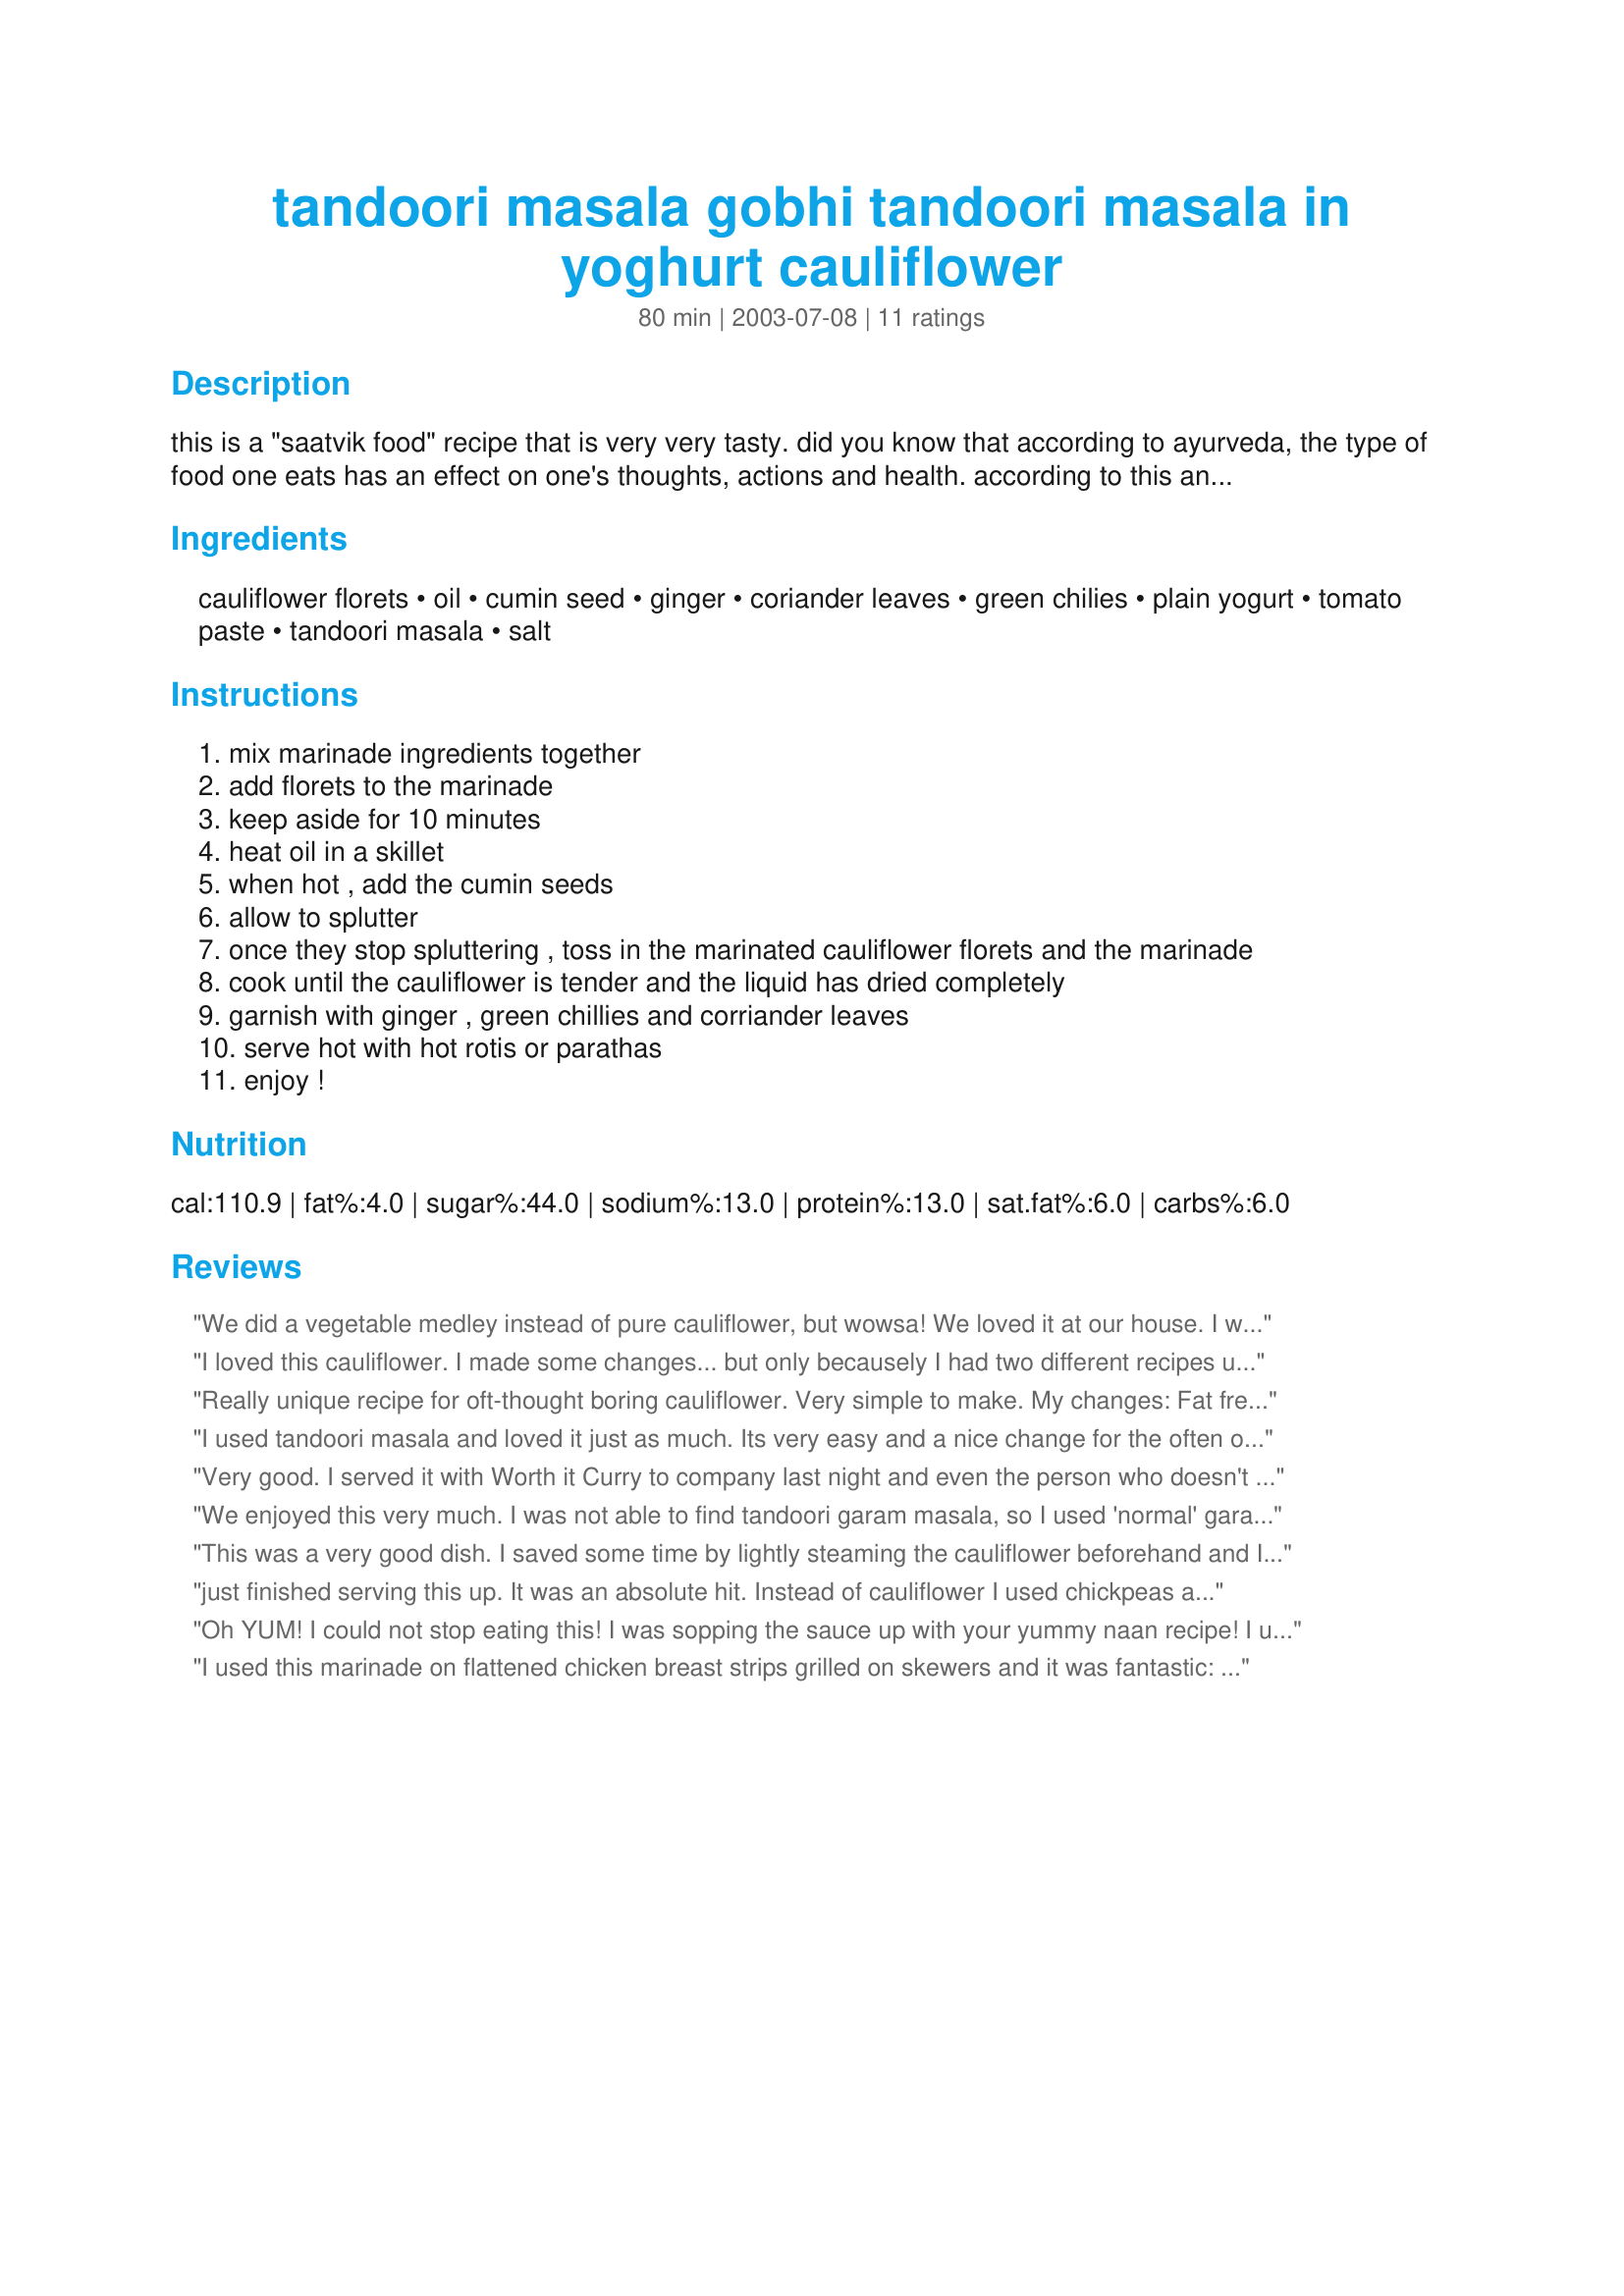
tandoori masala gobhi tandoori masala in yoghurt cauliflower
Preparation time: 80 minutes

this is a "saatvik food" recipe that is very very tasty. did you know that according to ayurveda, the type of food one eats has an effect on one's thoughts, actions and health. according to this ancient science of life and longevity, food can be categorised into 3 categories: raajsik, taamsik and saatvik. raajsik food refers to all sour, spicy and hot food. taamsik food refers to stale food, leftovers, meat and alcohol. saatvik food is vegetarian food which is neither too spicy nor too hot. eating raajsik and taamsik food is said to promote lust, anger, greed, arrogance and jealousy. saatvik food tends to keep the mind in control and helps us to concentrate when meditating. it keeps the body healthy and disease-free to a great extent! what's more, a saatvik diet helps you to lose weight more quickly because you eat healthy without any extra cals! so, what are you waiting for? step into your kitchen and make this easy dish now!

Ingredients:
cauliflower florets, oil, cumin seed, ginger, coriander leaves, green chilies, plain yogurt, tomato paste, tandoori masala, salt

Steps:
mix marinade ingredients together
add florets to the marinade
keep aside for 10 minutes
heat oil in a skillet
when hot , add the cumin seeds
allow to splutter
once they stop spluttering , toss in the marinated cauliflower florets and the marinade
cook until the cauliflower is tender and the liquid has dried completely
garnish with ginger , green chillies and corriander leaves
serve hot with hot rotis or parathas
enjoy !

Reviews:
We did a vegetable medley instead of pure cauliflower, but wowsa! We loved it at our house. I would like to find more ways to use this sauce.
I loved this cauliflower. I made some changes... but only becausely I had two different recipes up and I accidently looked at the other recipe. LOL! So I sauteed onion and garlic and dried red pepper before I realized my mistake but it was still wonderful. I also grated some fresh ginger into the saute instead of using it as a garnish. I had greek 0% yogurt so that is what I used, I think it could have been better if I had used a full fat version, but hey its January and I'm watching calories. Also the greek yogurt is so thick that I needed a little broth to thin out the marinde when I added it tot the pan. Thanks so much for posting. Great recipe.
Really unique recipe for oft-thought boring cauliflower. Very simple to make. My changes: Fat free yogurt and instead of garnishing with the ginger, chilies and coriander, I cooked everything together. It didn't take as long to cook as I'd expected, but then again, we like our veggies with a bit of a crunch. I'd serve this to company. DH enjoyed it too- but says 3 stars is it for now- we'll have to eat it again to see if we can go higher! Thanks!
I used tandoori masala and loved it just as much. Its very easy and a nice change for the often overlooked cauliflower.
Very good. I served it with Worth it Curry to company last night and even the person who doesn't like cauliflower said he liked it! Since I didn't have any coriander leaves and we like mild food I left the garnishes out but nobody seemed to think it was lacking in the least. I also used garam masala instead of tandoori because it was all I had. Even with the changes it was a great success and I will certainly be making it again. Thanks for a great recipe!
We enjoyed this very much. I was not able to find tandoori garam masala, so I used 'normal' garam masala instead, and hope you consider it a suitable substitute. I am giving this 4 stars merely because the preparation and cooking time given appears to be over estimated.
This was a very good dish. I saved some time by lightly steaming the cauliflower beforehand and I also used regular garam masala. Because we like a lot of sauce, I added an extra cup of yogurt and 1 additional teaspoon of masala, but omitted the ginger as I felt the dish tasted great without it. This actually ended up marinating all day before I had a chance to cook it and what a flavor! Thanks for posting, Charishma. :)
just finished serving this up. It was an absolute hit. 
Instead of cauliflower I used chickpeas and potatoes and added garlic (6cloves) I made enough for a family of 6 I have no left overs even the pan has been wiped clean. Thank you for posting this recipe Charisma. We will definetly be making this one again.
Oh YUM! I could not stop eating this! I was sopping the sauce up with your yummy naan recipe! I used a mixture of sour cream and yogourt instead of all yogourt, but that is the only change I dared make! I can't wait to have this again!!!
I used this marinade on flattened chicken breast strips grilled on skewers and it was fantastic: aromatic, flavorful, tangy. I added garlic powder, ground red pepper and some coriander (had no coriander/cilantro leaves and didn't miss them). I had marinated the meat for 2 days and brushed it w/ butter when it was almost done grilling - breast is so lean. We had the chicken w/ basmati rice cooked in broth & butter and hot mango pickle. Good good good!
Extraordinarily delicious! This was fantastic and easy to make. The only problem was that I worried the whole time that I was burning it, but it came out wonderfully. I did add a touch more yogurt and tomato paste to the pot at one point. I cooked the cauliflower for about 50 minutes, but it could have used a few minutes more for the bigger pieces. I left out the green chilies. I will definitely make this again!
